Vaccination North-Western Provinces 1866-1877 - 1866-1877
Year: 1866
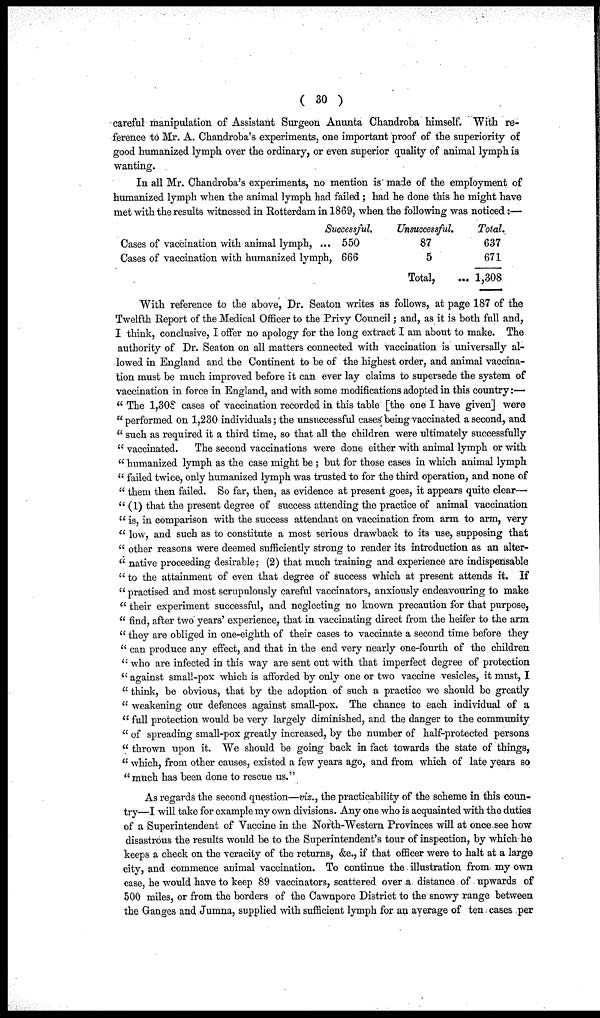
( 30 )
careful manipulation of Assistant Surgeon Anunta Chandroba himself. With re-
ference to Mr. A. Chandroba's experiments, one important proof of the superiority of
good humanized lymph over the ordinary, or even superior quality of animal lymph is
wanting.
In all Mr. Chandroba's experiments, no mention is made of the employment of
humanized lymph when the animal lymph had failed; had he done this he might have
met with the results witnessed in Rotterdam in 1869, when the following was noticed:—
Cases of vaccination with animal lymph, ...
Cases of vaccination with humanized lymph,
Successful.
550
666
Unsuccessful.
87
5
Total,
...
Total.
637
671
1,308
With reference to the above, Dr. Seaton writes as follows, at page 187 of the
Twelfth Report of the Medical Officer to the Privy Council; and, as it is both full and,
I think, conclusive, I offer no apology for the long extract I am about to make. The
authority of Dr. Seaton on all matters connected with vaccination is universally al-
lowed in England and the Continent to be of the highest order, and animal vaccina-
tion must be much improved before it can ever lay claims to supersede the system of
vaccination in force in England, and with some modifications adopted in this country :—
" The 1,308 cases of vaccination recorded in this table [the one I have given] were
"performed on 1,230 individuals; the unsuccessful cases being vaccinated a second, and
" such as required it a third time, so that all the children were ultimately successfully
"vaccinated.
The second vaccinations were done either with animal lymph or with
" humanized lymph as the case might be ; but for those cases in which animal lymph
" failed twice, only humanized lymph was trusted to for the third operation, and none of
" them then failed. So far, then, as evidence at present goes, it appears quite clear—
" (1) that the present degree of success attending the practice of animal vaccination
" is, in comparison with the success attendant on vaccination from arm to arm, very
" low, and such as to constitute a most serious drawback to its use, supposing that
" other reasons were deemed sufficiently strong to render its introduction as an alter¬
" native proceeding desirable; (2) that much training and experience are indispensable
" to the attainment of even that degree of success which at present attends it. If
" practised and most scrupulously careful vaccinators, anxiously endeavouring to make
" their experiment successful, and neglecting no known precaution for that purpose,
" find, after two years' experience, that in vaccinating direct from the heifer to the arm
" they are obliged in one-eighth of their cases to vaccinate a second time before they
" can produce any effect, and that in the end very nearly one-fourth of the children
" who are infected in this way are sent out with that imperfect degree of protection
" against small-pox which is afforded by only one or two vaccine vesicles, it must, I
" think, be obvious, that by the adoption of such a practice we should be greatly
" weakening our defences against small-pox. The chance to each individual of a
" full protection would be very largely diminished, and the danger to the community
" of spreading small-pox greatly increased, by the number of half-protected persons
" thrown upon it. We should be going back in fact towards the state of things,
" which, from other causes, existed a few years ago, and from which of late years so
"much has been done to rescue us."
As regards the second question—viz., the practicability of the scheme in this coun-
try—I will take for example my own divisions. Any one who is acquainted with the duties
of a Superintendent of Vaccine in the North-Western Provinces will at once see how
disastrous the results would be to the Superintendent's tour of inspection, by which he
keeps a check on the veracity of the returns, &c., if that officer were to halt at a large
city, and commence animal vaccination. To continue the illustration from my own
case, he would have to keep 89 vaccinators, scattered over a distance of. upwards of
500 miles, or from the borders of the Cawnpore District to the snowy range between
the Ganges and Jumna, supplied with sufficient lymph for an average of ten cases per